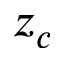
z _ { c }